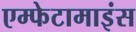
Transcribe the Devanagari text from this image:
एम्फेटामाइंस